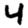
Digit: 4